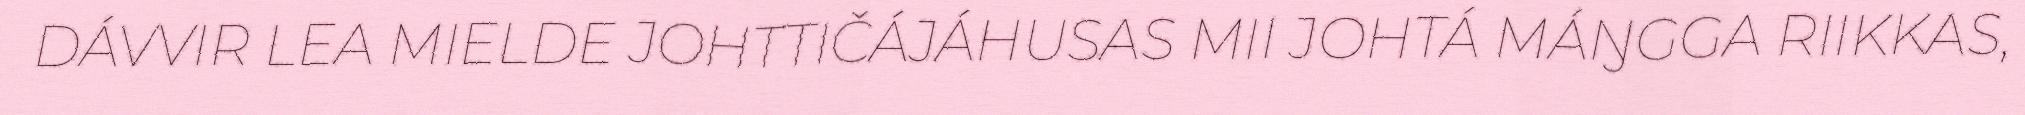
DÁVVIR LEA MIELDE JOHTTIČÁJÁHUSAS MII JOHTÁ MÁŊGGA RIIKKAS,